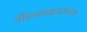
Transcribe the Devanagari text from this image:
जीवनव्यवहारांच्या